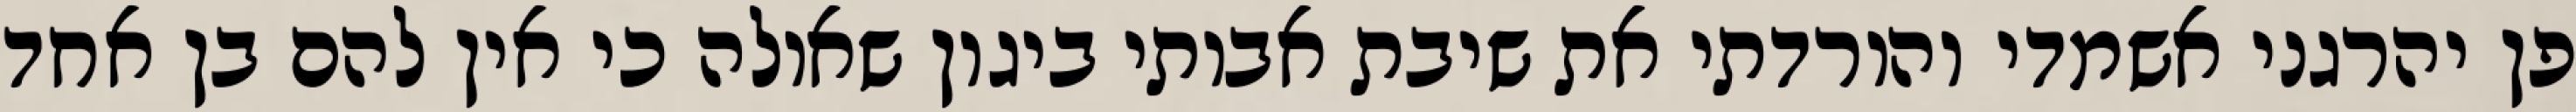
פן יהרגני אשמדי והורדתי את שיבת אבותי ביגון שאולה כי אין להם בן אחד